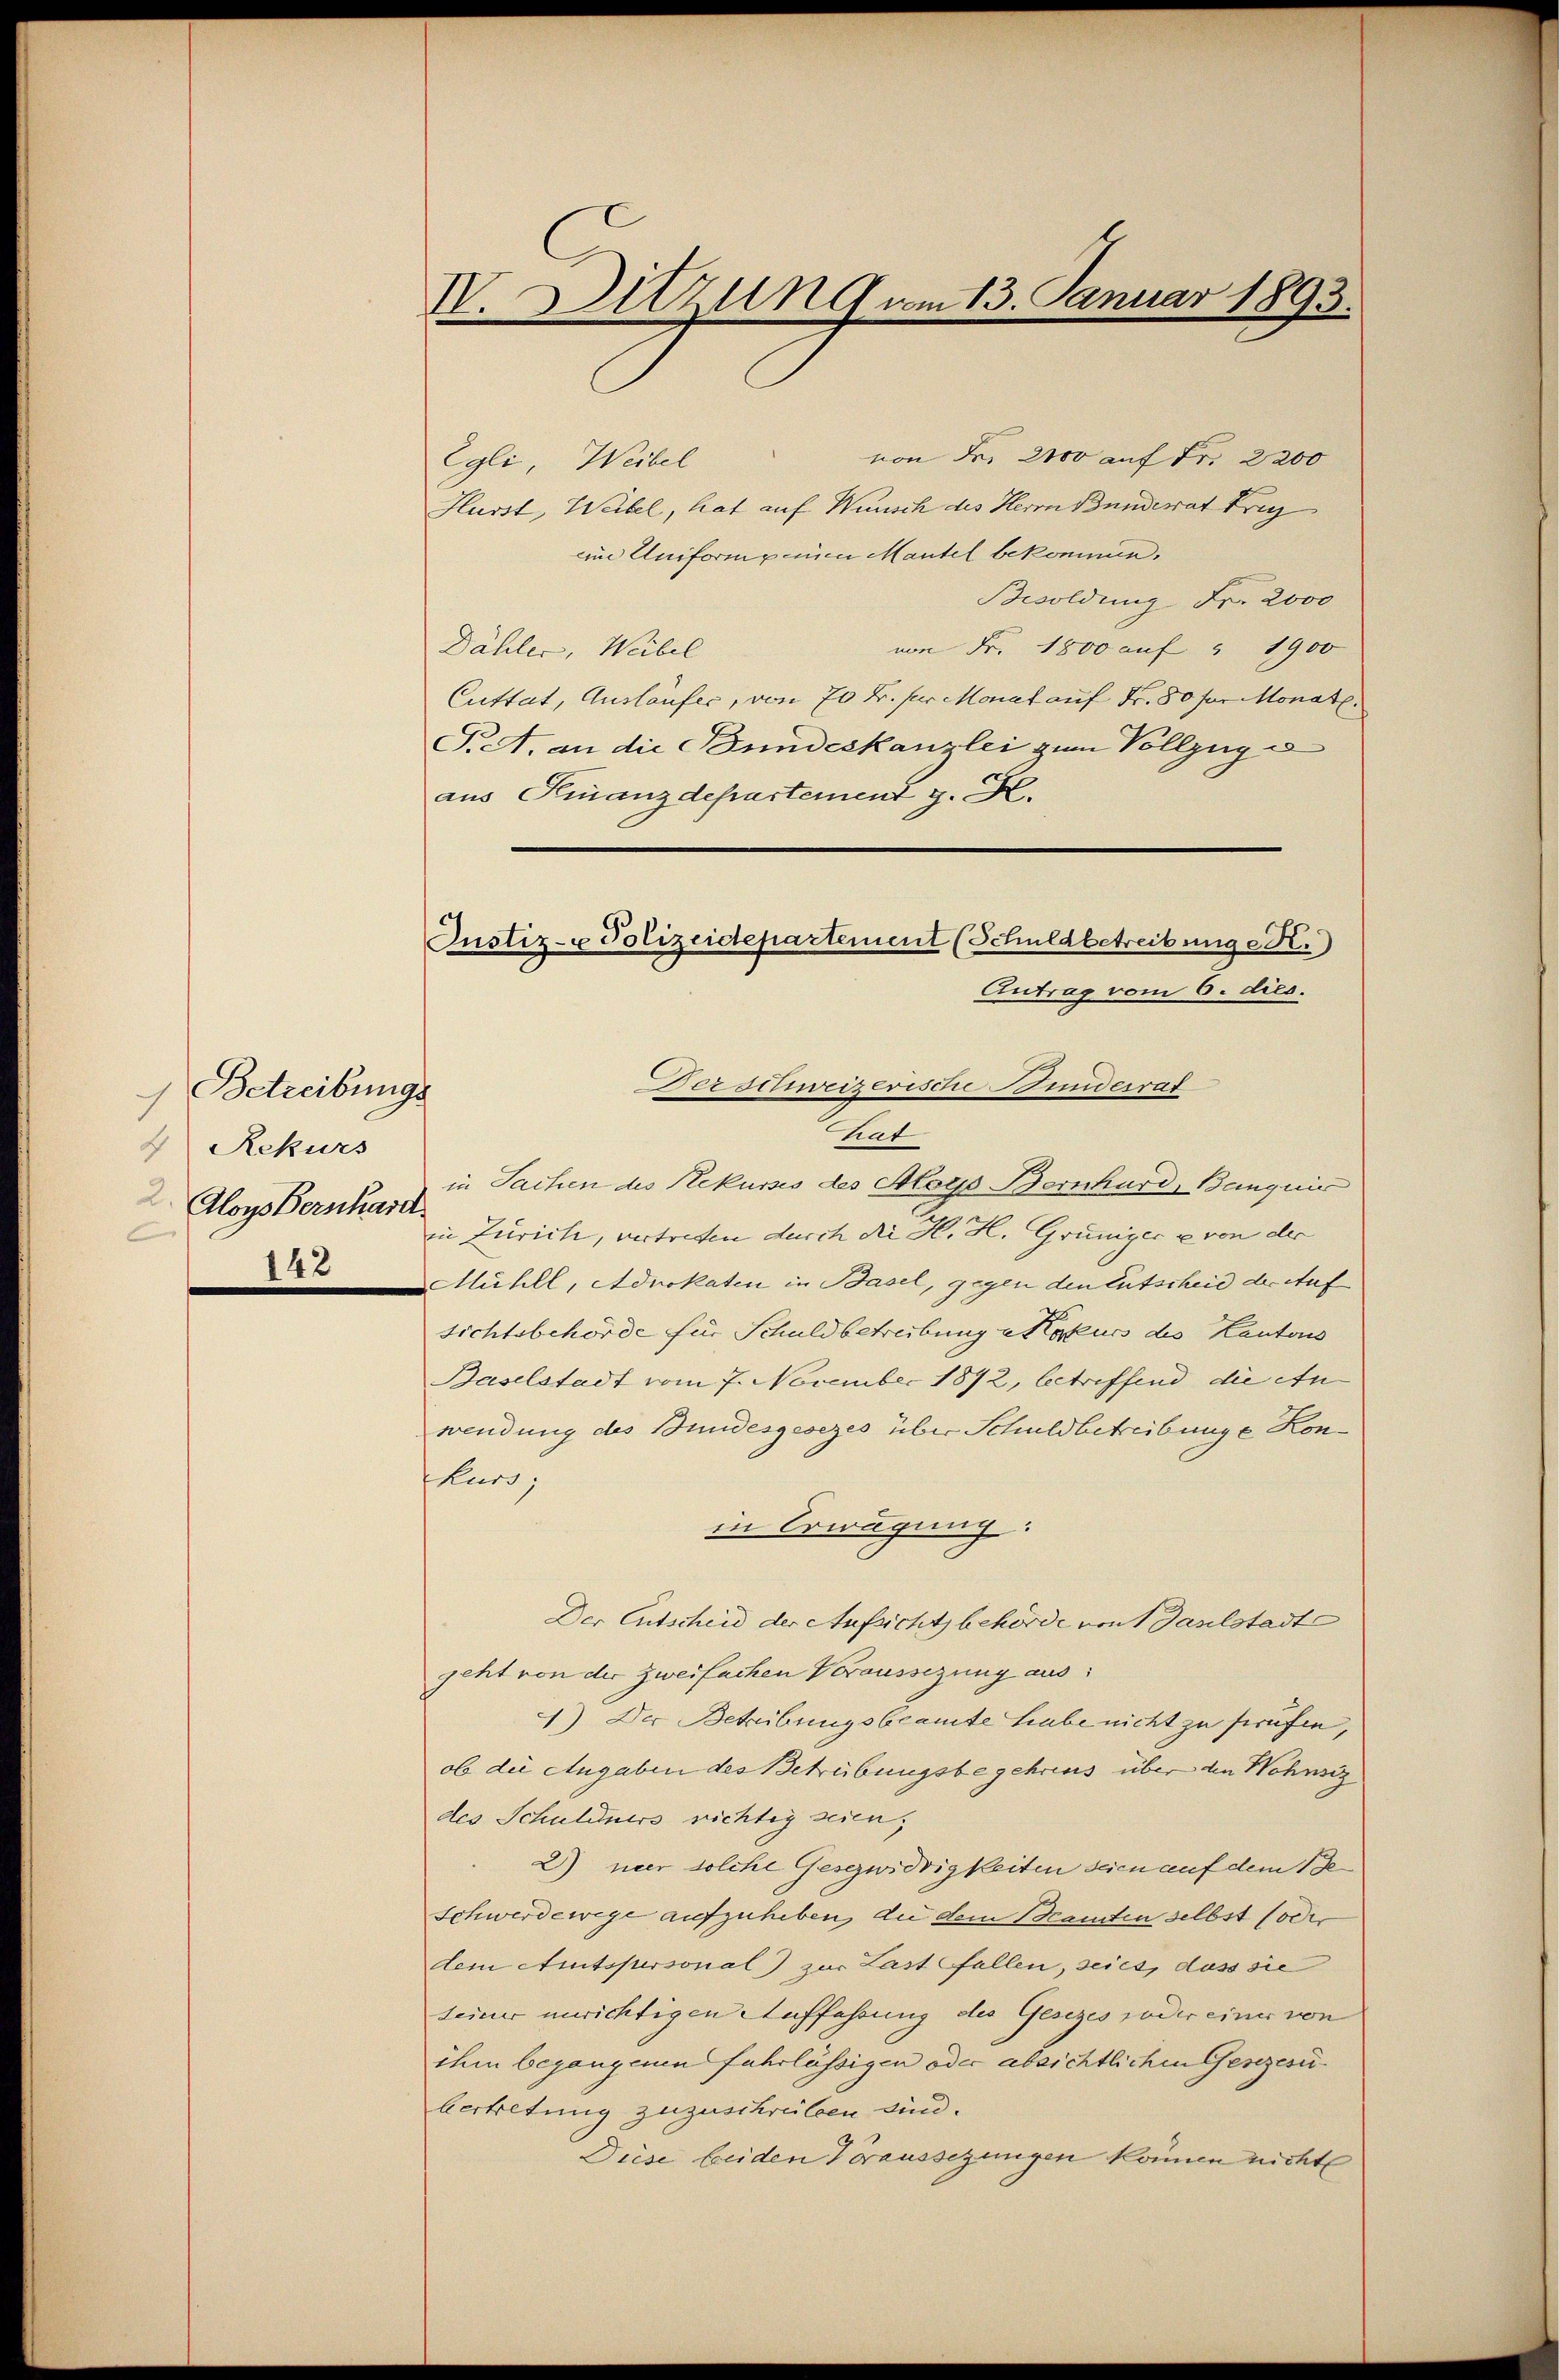
) Betreibungs
2 Rekurs
2. Aloys Bernhard
142

IV. Sitzung vom 13. Januar 1893.

von Fr. 2100 auf Fr. 2200
Egli, Weibel
Hurst, Weibel, hat auf Wunsch des Herrn Bunderat Frey
eine Uniform einen Mantel bekommen.
Besoldung Fr. 2000
von Fr. 1800 auf " 1900
Dähler, Weibel
Cuttat, Ausläufer, von 70 Fr. für Monat auf Fr. 80 für Monat.
T.A. an die Bundeskanzlei zum Vollzug e
aus Finanzdepartement J. H.
hat
in Sachen des Rekurses des Aloys Bernhard, Banquis
in Zürich, vertreffen durch die H. H. Grüniger & von der
Mühll, Advokaten in Basel, gegen den Entscheid der Auf
sichtsbehörde für Schuldbetreibung erkurs des Kantons
Baselstadt vom 7. November 1892, betreffend die ein
wendung des Bundesgesezes über Schuldbetreibunge Kontkurs,
in Erwägung:
Der Entscheid der Aufsicht behörde von Baselstadt
geht von der Zweifachen Voraussezung aus:
) Der Betribungsbeamte habe nicht zu sprüfen,
ob die Angaben des Betrübungsbegehrens über den Wohnsiz
des Schuldners richtig seien,
2) neer solche Gesezwidrigkeiten seien auf dem Be¬
Schwerdewege aufzuheben, die dem Beamten selbst (oder
dem Amtspersonal) zur Last fallen, seies, dass sie
seiner unrichtigen Auffassung des Gesezes oder einer von
ihm begangenen fahrlässigen oder absichtlichen Gesezesibertretung zuzuschreiben sind.
Diese beiden Voraussezungen können nicht

Justiz- u Polizeidepartement (Schuldbetreibung etc.)
Antrag vom 6. dies.
Der schweizerische Bunderrat